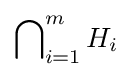
\bigcap \nolimits _{i=1}^{m}H_{i}